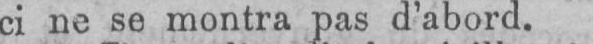
ci ne se montra pas d’abord.